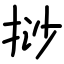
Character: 挱